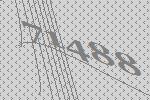
71488